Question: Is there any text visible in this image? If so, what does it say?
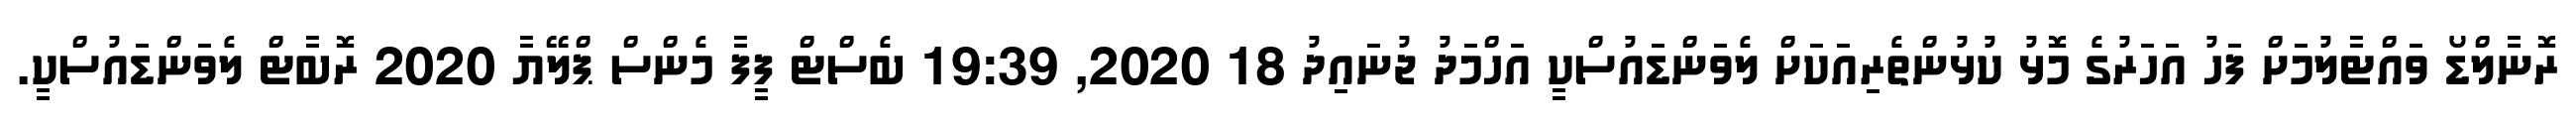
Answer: ރޮނާލްޑޯ ވައްޓާލުމަށް ފަހު އަހަރުގެ މޮޅު ކުޅުންތެރިއަކަށް ލެވަންޑައުސްކީ އަހްމަދު ޖުނައިދު 18 2020, 19:39 ބެސްޓް ފީފާ މެންސް ޕްލޭޔާ 2020 ރޮބާޓް ލެވަންޑައުސްކީ.